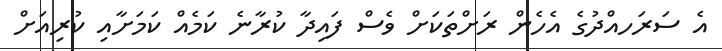
އެ ސަރަހއްދުގެ އެހެން ރަށްތަކަށް ވެސް ފައިދާ ކުރާނެ ކަމެއް ކަމަށާއި ކުރިއަށް